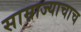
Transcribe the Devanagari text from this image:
साम्राज्याचाच